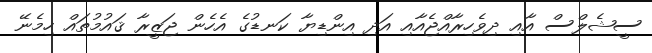
ސީޝެލްސް އާއި ދިވެހިރާއްޖެއާއި އަދި އިންޑިޔާ ކަނޑުގެ އެހެން ޖަޒީރާ ޤައުމުތައް ހިމެނޭ